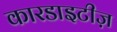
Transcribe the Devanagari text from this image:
कारडाइटीज़